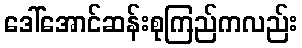
ဒေါ်အောင်ဆန်းစုကြည်ကလည်း